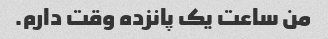
من ساعت یک پانزده وقت دارم.